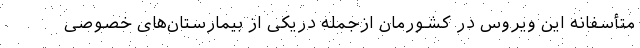
متأسفانه این ویروس در کشورمان ازجمله دریکی از بیمارستان‌های خصوصی